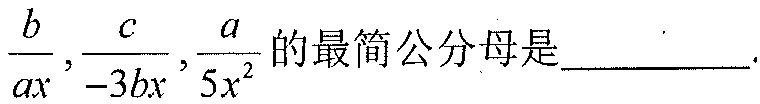
\(\frac{b}{ax},\frac{c}{-3bx},\frac{a}{5x^{2}}\)的最简公分母是_________.